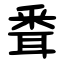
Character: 䎹